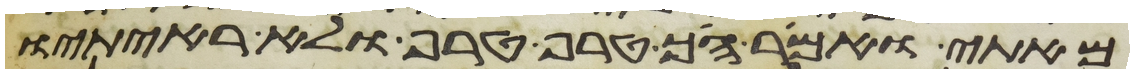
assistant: מאתי ואמר הך טרף טרף ולא ראיתיו